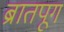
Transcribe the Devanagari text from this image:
ब्रातपूग